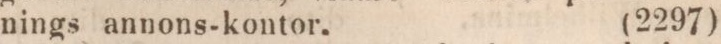
nings annons-kontor.    (2297)